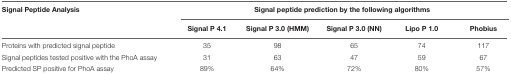
| Signal Peptide Analysis | <COLSPAN=5> Signal peptide prediction by the following algorithms |
 |  | Signal P 4.1 | Signal P 3.0 (HMM) | Signal P 3.0 (NN) | Lipo P 1.0 | Phobius |
 | --- | --- | --- | --- | --- | --- |
 | Proteins with predicted signal peptide | 35 | 98 | 65 | 74 | 117 |
 | Signal peptides tested positive with the PhoA assay | 31 | 63 | 47 | 59 | 67 |
 | Predicted SP positive for PhoA assay | 89% | 64% | 72% | 80% | 57% |